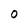
Character: O